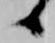
候